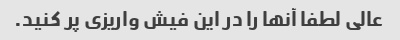
عالی لطفا آنها را در این فیش واریزی پر کنید.